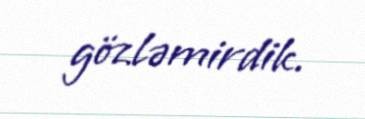
gözləmirdik.